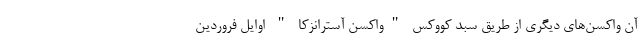
آن واکسن‌های دیگری از طریق سبد کووکس "واکسن آسترانزکا " اوایل فروردین